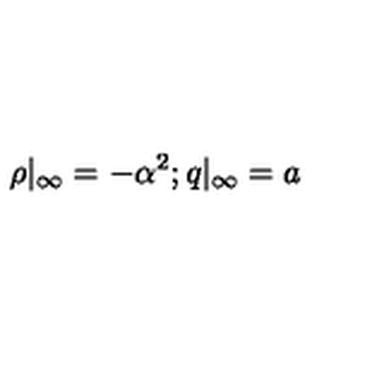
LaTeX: \rho | _ { \infty } = - { \alpha ^ { 2 } } ; q | _ { \infty } = a